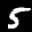
Label: 5